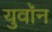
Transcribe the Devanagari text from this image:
युवॉन